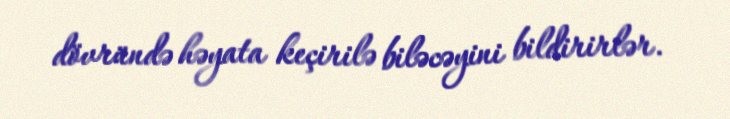
dövründə həyata keçirilə biləcəyini bildirirlər.